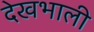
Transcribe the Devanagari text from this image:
देखभाली